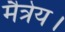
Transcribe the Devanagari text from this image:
मैत्रेय।